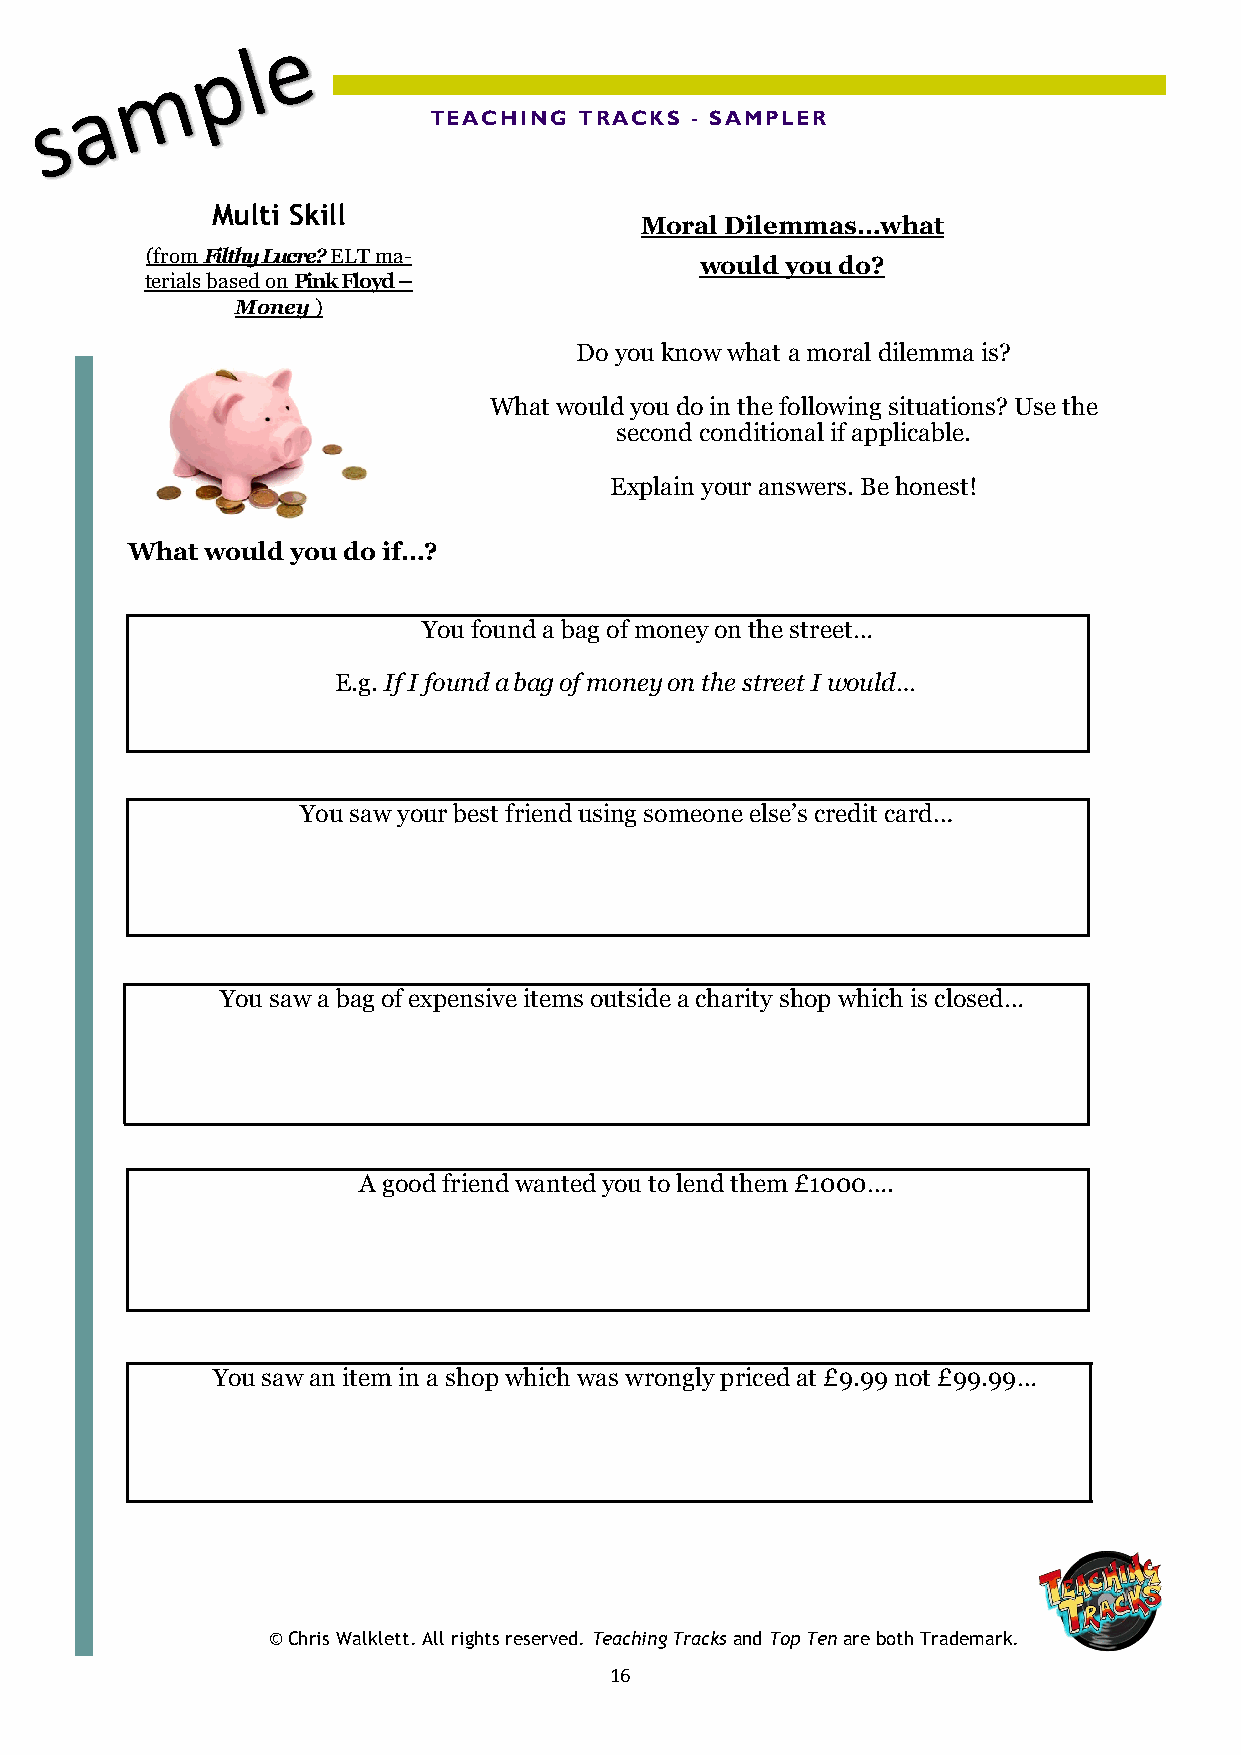
TEACHING  TRACKS  - SAMPLER
 Multi Skill
 Moral Dilemmas…what
 (from Filthy Lucre? ELT ma-
 would you do?
 terials based on Pink Floyd –
 Money )
 Do you know what a moral dilemma is?
 What would you do in the following situations? Use the
 second conditional if applicable.
 Explain your answers. Be honest!
 What  would you do if…?
 You found a bag of money on the street…
 E.g. If I found a bag of money on the street I would…
 You saw your best friend using someone else’s credit card…
 You saw a bag of expensive items outside a charity shop which is closed…
 A good friend wanted you to lend them £1000….
 You saw an item in a shop which was wrongly priced at £9.99 not £99.99…
 © Chris Walklett. All rights reserved. Teaching Tracks and Top Ten are both Trademark.
 16